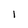
Character: I